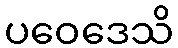
ပဝေဒေသိ